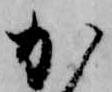
か